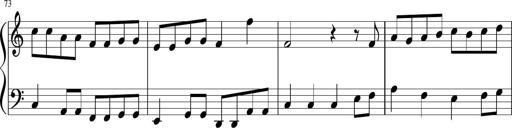
Title: Sonatine Nr.1 in C-Dur
Composer: DÃ©sirÃ©e Manns
Key: C major